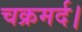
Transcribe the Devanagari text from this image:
चक्रमर्द।